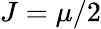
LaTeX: J=\mu/2